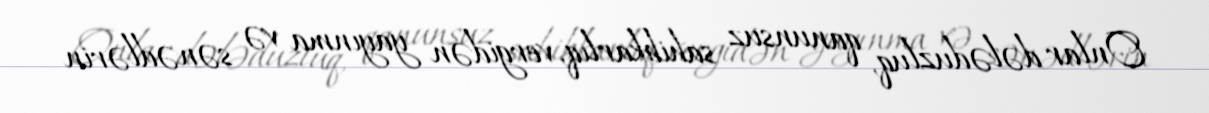
Onlar dələduzluq, qanunsuz sahibkarlıq, vergidən yayınma və sənədlərin